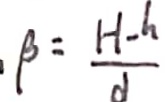
\beta = \frac { H - h } { d }